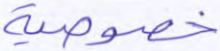
خصوصية